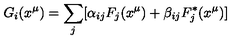
G _ { i } ( x ^ { \mu } ) = \sum _ { j } [ \alpha _ { i j } F _ { j } ( x ^ { \mu } ) + \beta _ { i j } F _ { j } ^ { * } ( x ^ { \mu } ) ]